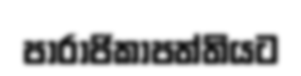
පාරාජිකාපත්තියට